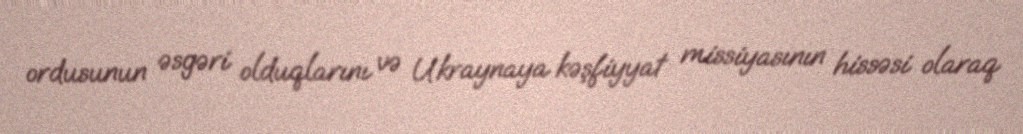
ordusunun əsgəri olduqlarını və Ukraynaya kəşfiyyat missiyasının hissəsi olaraq